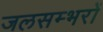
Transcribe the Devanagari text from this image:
जलसम्भरों